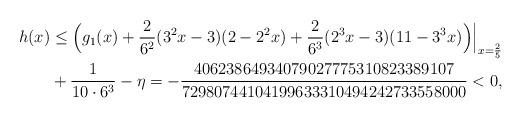
LaTeX: \begin{align*}h(x)&\le \Bigl(g_1(x)+\frac{2}{6^2} (3^2 x-3)(2-2^2x)+\frac{2}{6^3} (2^3x-3)(11-3^3x)\Bigr)\Bigr|_{x=\frac{2}{5}}\\& + \frac1{10\cdot 6^3}- \eta=-\frac{40623864934079027775310823389107}{72980744104199633310494242733558000}<0,\end{align*}